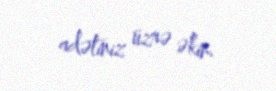
adətiniz üzrə əkin.